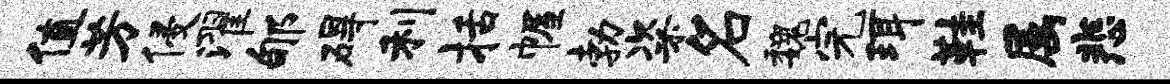
值芳侵濯郇碍利括幄勃粢名魏完珥鞋属悲